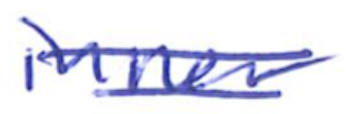
Text: inner
Cross-out: double-line
Writing tool: ballpoint